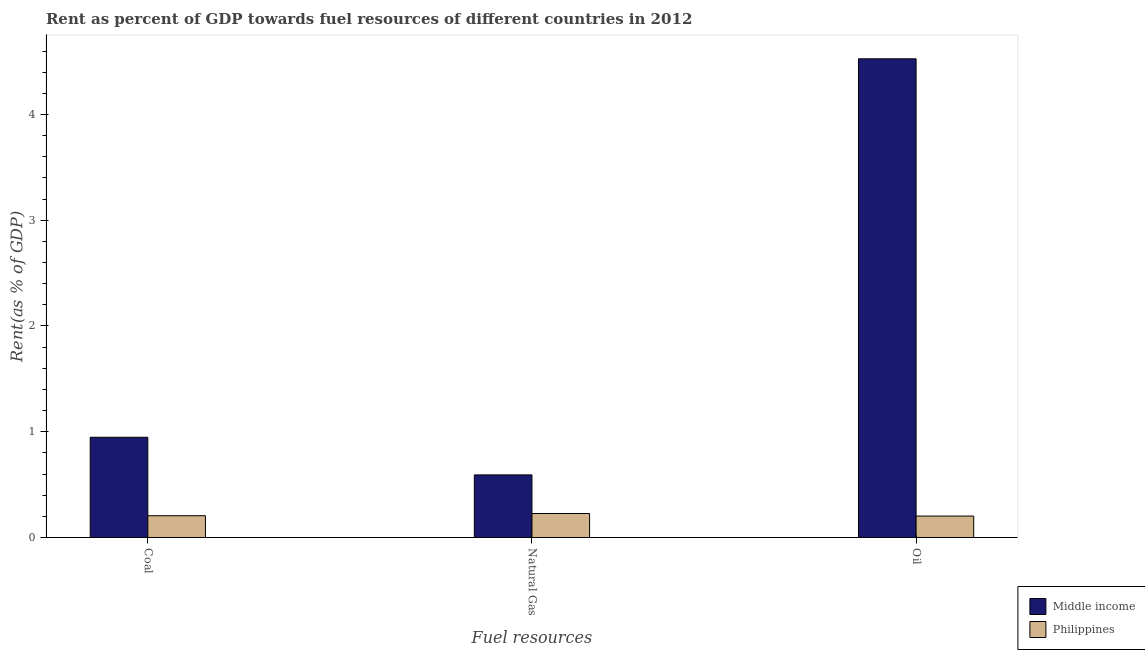
| Fuel resources | Middle income | Philippines |
 | --- | --- | --- |
 | Coal | 0.948 | 0.206 |
 | Natural Gas | 0.592 | 0.227 |
 | Oil | 4.53 | 0.203 |